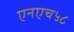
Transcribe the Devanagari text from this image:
एनएच५८